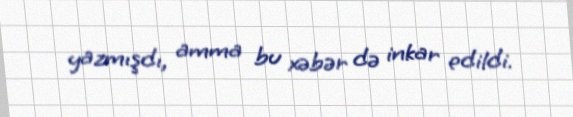
yazmışdı, amma bu xəbər də inkar edildi.